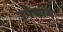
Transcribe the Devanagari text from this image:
उपेयाग